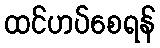
ထင်ဟပ်စေရန်